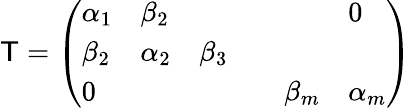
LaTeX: \mathsf{T}={\left(\begin{array}{llllll}{\alpha_{1}}&{\beta_{2}}&{}&{}&{}&{0}\\ {\beta_{2}}&{\alpha_{2}}&{\beta_{3}}&{}&{}&{}\\ {0}&{}&{}&{}&{\beta_{m}}&{\alpha_{m}}\end{array}\right)}